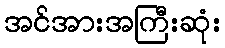
အင်အားအကြီးဆုံး